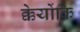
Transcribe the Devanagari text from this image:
क्केयोंकि